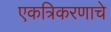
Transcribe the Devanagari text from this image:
एकत्रिकरणाचे